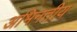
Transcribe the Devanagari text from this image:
अभिनतीय